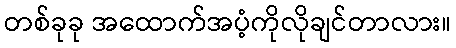
တစ်ခုခု အထောက်အပံ့ကိုလိုချင်တာလား။